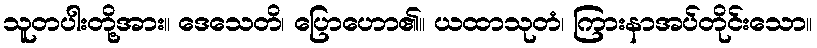
သူတပါးတို့အား။ ဒေသေတိ၊ ပြောဟော၏။ ယထာသုတံ၊ ကြားနာအပ်တိုင်းသော။